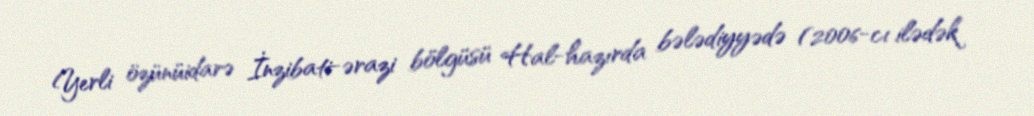
Yerli özünüidarə İnzibati-ərazi bölgüsü Hal-hazırda bələdiyyədə (2006-cı ilədək